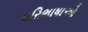
પરિભાષાઓ